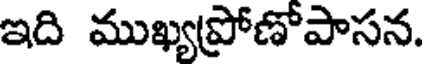
ఇది ముఖ్యప్రోణోపాసన.